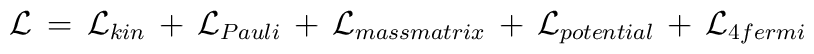
{\cal L}  \,  = \,    {\cal L}_{kin} \, + \, {\cal L}_{Pauli}  \, + \, {\cal L}_{massmatrix} \, + \, {\cal L}_{potential}  \, + \, {\cal L}_{4fermi}